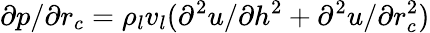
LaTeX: \partial p/\partial{r_{c}}={\rho_{l}}{v_{l}}({\partial^{2}}u/\partial{h^{2}}+{\partial^{2}}u/\partial r_{c}^{2})